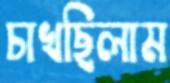
চাখছিলাম